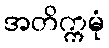
အတိက္ကမုံ